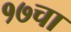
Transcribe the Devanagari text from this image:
१७चा